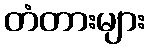
တံတားများ